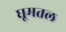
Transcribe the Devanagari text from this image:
घूमतल